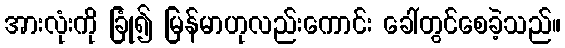
အားလုံးကို ခြုံ၍ မြန်မာဟုလည်းကောင်း ခေါ်တွင်စေခဲ့သည်။